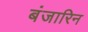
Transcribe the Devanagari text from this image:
बंजारिन